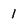
Character: 1